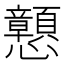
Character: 𢥹